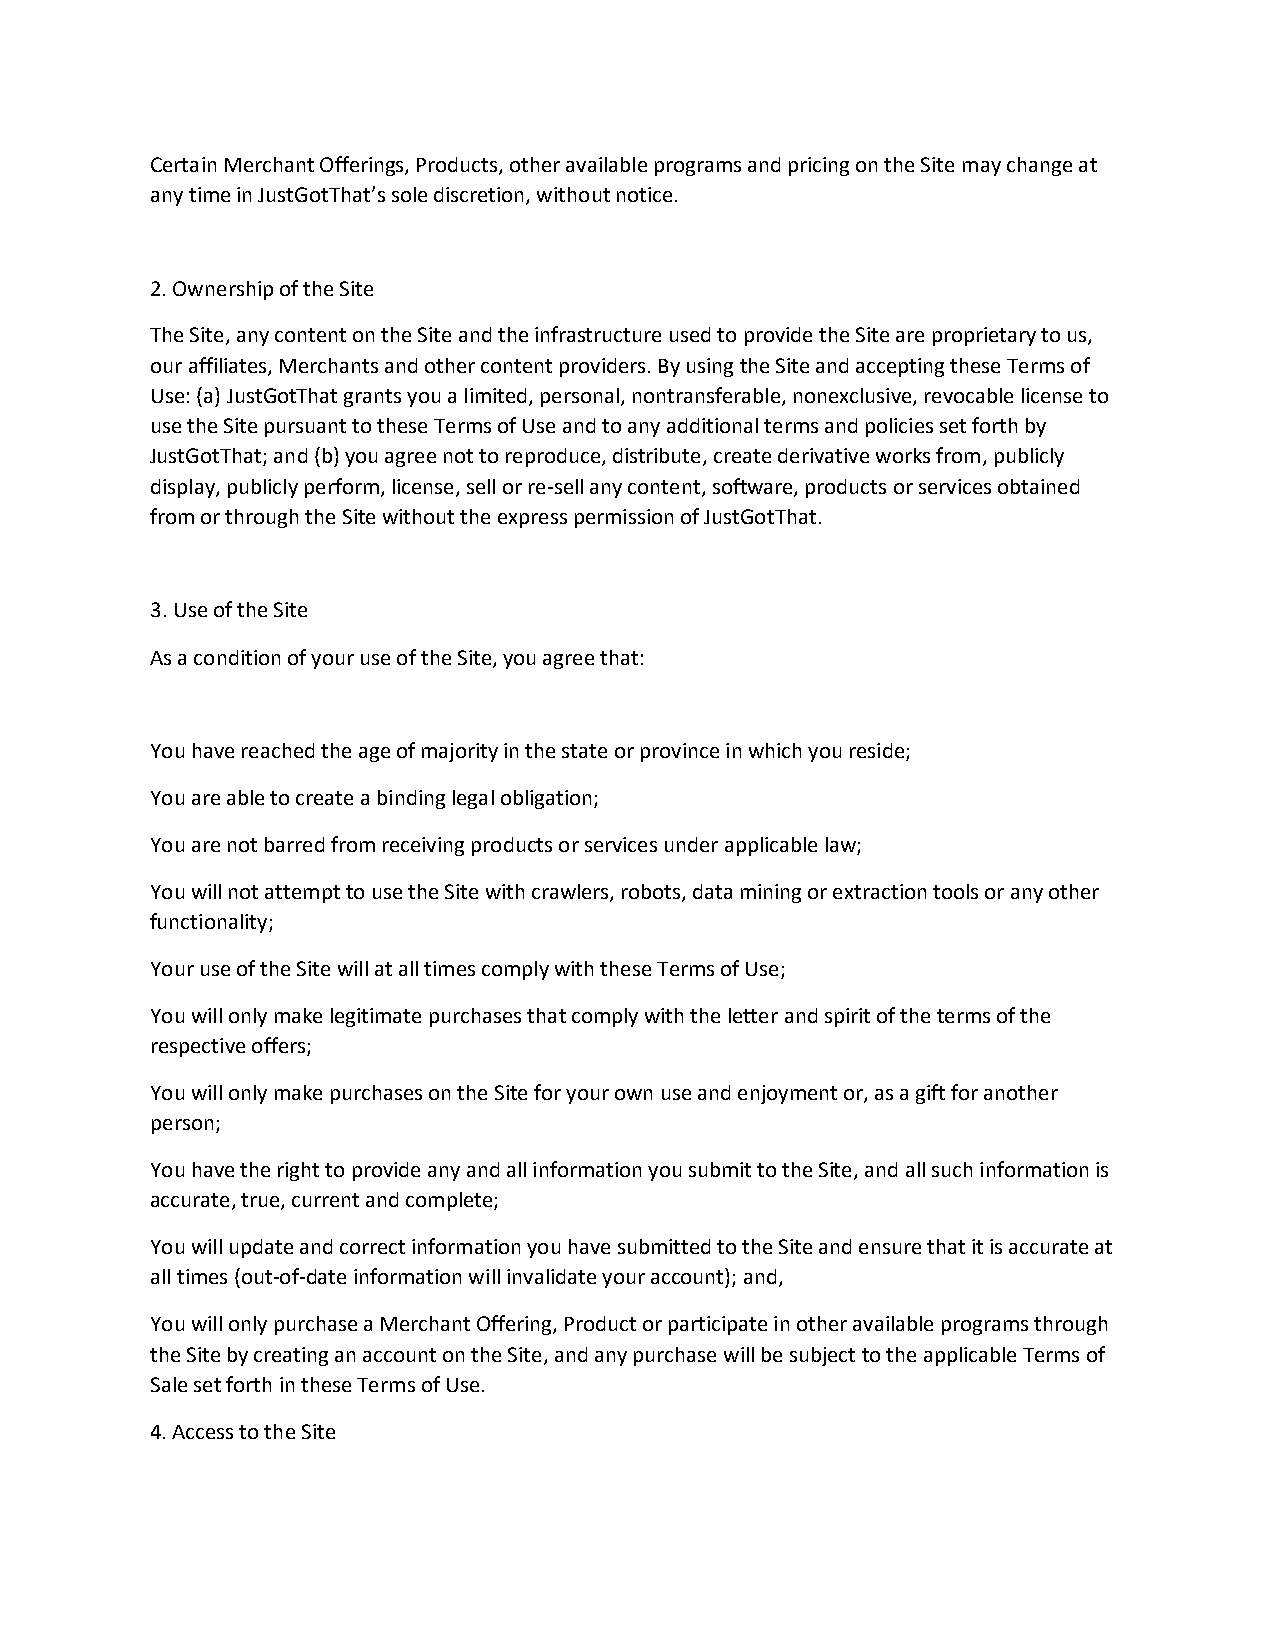
Certain Merchant Offerings, Products, other available programs and pricing on the Site may change at
 any time in JustGotThat’s sole discretion, without notice.
 2. Ownership of the Site
 The Site, any content on the Site and the infrastructure used to provide the Site are proprietary to us,
 our affiliates, Merchants and other content providers. By using the Site and accepting these Terms of
 Use: (a) JustGotThat grants you a limited, personal, nontransferable, nonexclusive, revocable license to
 use the Site pursuant to these Terms of Use and to any additional terms and policies set forth by
 JustGotThat; and (b) you agree not to reproduce, distribute, create derivative works from, publicly
 display, publicly perform, license, sell or re-sell any content, software, products or services obtained
 from or through the Site without the express permission of JustGotThat.
 3. Use of the Site
 As a condition of your use of the Site, you agree that:
 You have reached the age of majority in the state or province in which you reside;
 You are able to create a binding legal obligation;
 You are not barred from receiving products or services under applicable law;
 You will not attempt to use the Site with crawlers, robots, data mining or extraction tools or any other
 functionality;
 Your use of the Site will at all times comply with these Terms of Use;
 You will only make legitimate purchases that comply with the letter and spirit of the terms of the
 respective offers;
 You will only make purchases on the Site for your own use and enjoyment or, as a gift for another
 person;
 You have the right to provide any and all information you submit to the Site, and all such information is
 accurate, true, current and complete;
 You will update and correct information you have submitted to the Site and ensure that it is accurate at
 all times (out-of-date information will invalidate your account); and,
 You will only purchase a Merchant Offering, Product or participate in other available programs through
 the Site by creating an account on the Site, and any purchase will be subject to the applicable Terms of
 Sale set forth in these Terms of Use.
 4. Access to the Site